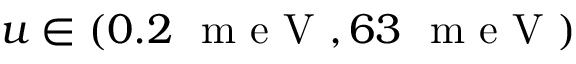
u \in ( 0 . 2 ~ \mathrm { ~ m ~ e ~ V ~ } , 6 3 ~ \mathrm { ~ m ~ e ~ V ~ } )